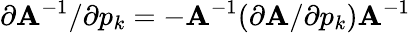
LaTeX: \partial{\mathbf A}^{-1}/\partial p_{k}=-{\mathbf A}^{-1}(\partial{\mathbf A}/\partial p_{k}){\mathbf A}^{-1}